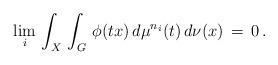
LaTeX: \begin{align*}\lim_i \, {\int_X \, \int_G \, \phi(t x) \, d\mu^{n_i}(t) \, d\nu(x)} \,=\, 0\,.\end{align*}